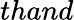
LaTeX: thand